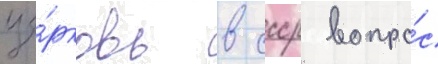
це́рковь в ссср вопро́с